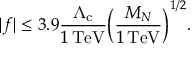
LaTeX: | f | \le 3 . 9 \frac { \Lambda _ { \mathrm { c } } } { 1 \, \mathrm { T e V } } \biggl ( \frac { M _ { N } } { 1 \, \mathrm { T e V } } \biggr ) ^ { 1 / 2 } .